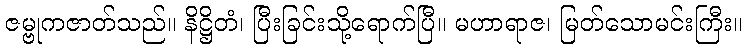
ဇမ္ဗုကဇာတ်သည်။ နိဋ္ဌိတံ၊ ပြီးခြင်းသို့ရောက်ပြီ။ မဟာရာဇ၊ မြတ်သောမင်းကြီး။